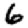
Digit: 6